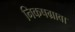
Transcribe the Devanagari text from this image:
निकषग्रावा